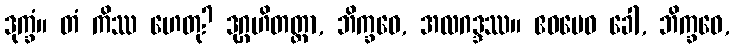
ဒုက္ခံ။ တံ ကိဿ ဟေတု? ဒုဂ္ဂဟိတတ္တာ, ဘိက္ခဝေ, အလဂဒ္ဒဿ။ ဧဝမေဝ ခေါ, ဘိက္ခဝေ,